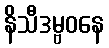
နိသီဒမ္ဗဝနေ